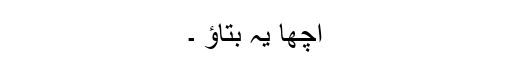
اچھا یہ بتاؤ ۔